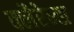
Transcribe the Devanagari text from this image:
क्लैरेन्स